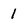
Character: 1